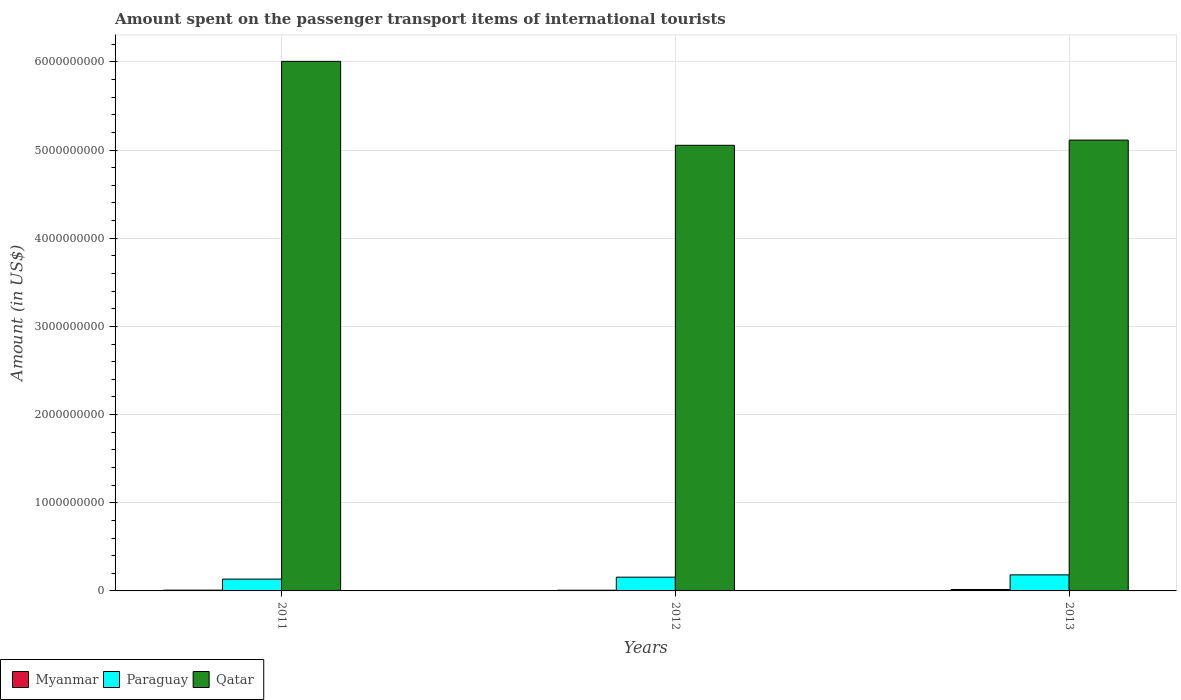
| Years | Myanmar | Paraguay | Qatar |
 | --- | --- | --- | --- |
 | 2011 | 9e+06 | 1.34e+08 | 6.01e+09 |
 | 2012 | 8e+06 | 1.56e+08 | 5.05e+09 |
 | 2013 | 1.6e+07 | 1.82e+08 | 5.11e+09 |